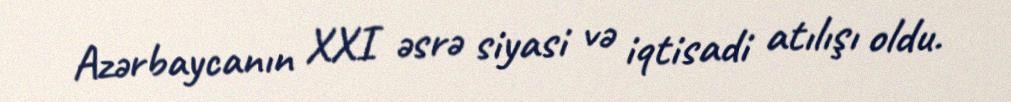
Azərbaycanın XXI əsrə siyasi və iqtisadi atılışı oldu.